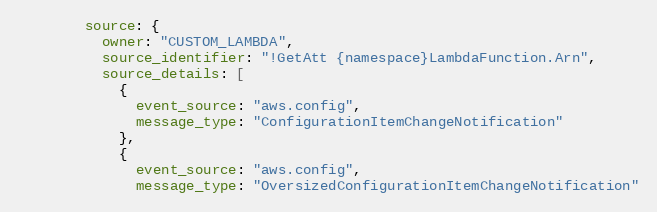
Language: Ruby
        source: {
          owner: "CUSTOM_LAMBDA",
          source_identifier: "!GetAtt {namespace}LambdaFunction.Arn",
          source_details: [
            {
              event_source: "aws.config",
              message_type: "ConfigurationItemChangeNotification"
            },
            {
              event_source: "aws.config",
              message_type: "OversizedConfigurationItemChangeNotification"